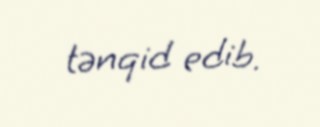
tənqid edib.